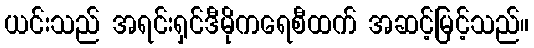
ယင်းသည် အရင်းရှင်ဒီမိုကရေစီထက် အဆင့်မြင့်သည်။